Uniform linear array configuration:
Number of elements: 12
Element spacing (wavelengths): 0.75
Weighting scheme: kaiser
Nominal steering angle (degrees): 15
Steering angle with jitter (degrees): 13.741
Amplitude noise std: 0.05
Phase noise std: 0.05

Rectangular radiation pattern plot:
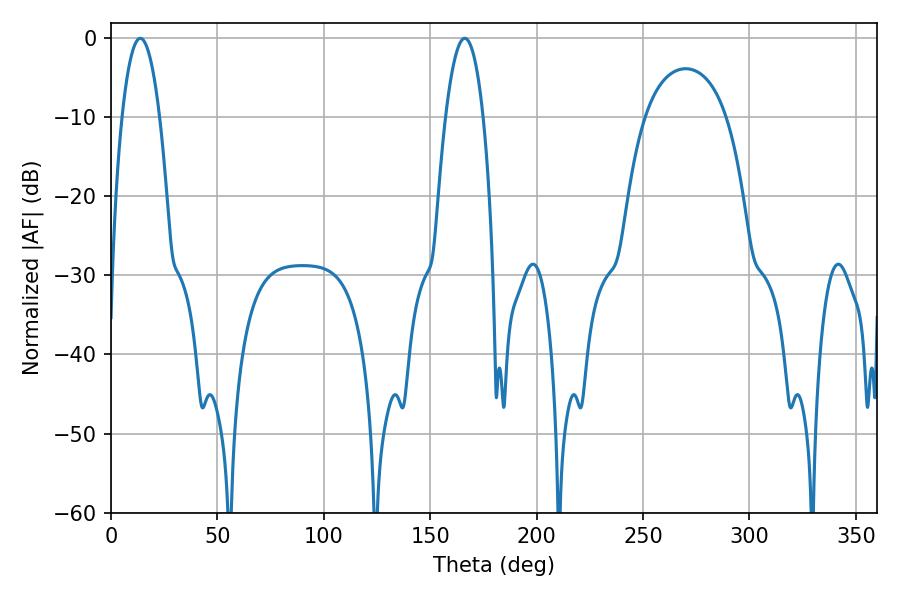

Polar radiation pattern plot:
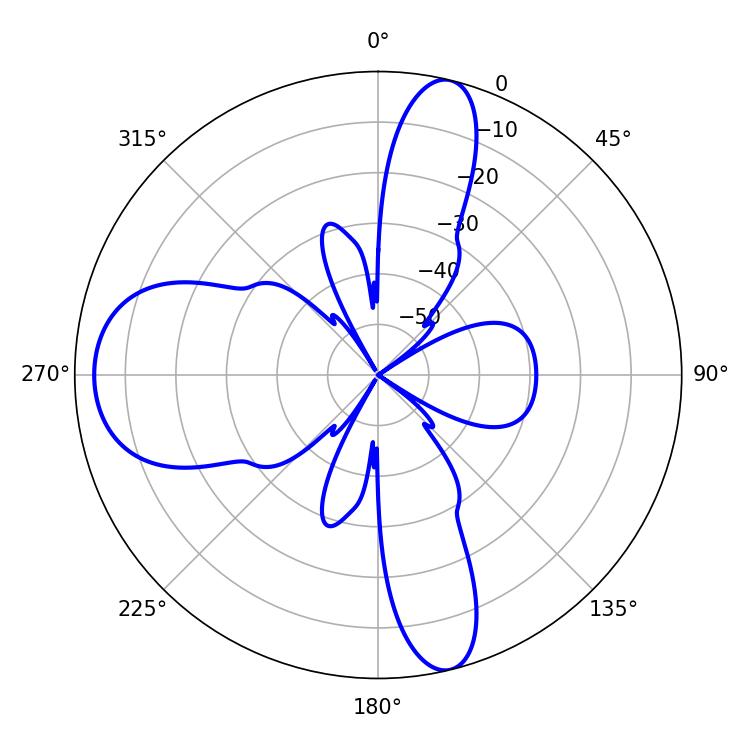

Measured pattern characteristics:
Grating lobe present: TRUE
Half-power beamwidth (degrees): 9.72
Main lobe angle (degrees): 166.14